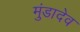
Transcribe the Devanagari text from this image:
मुंडादेव